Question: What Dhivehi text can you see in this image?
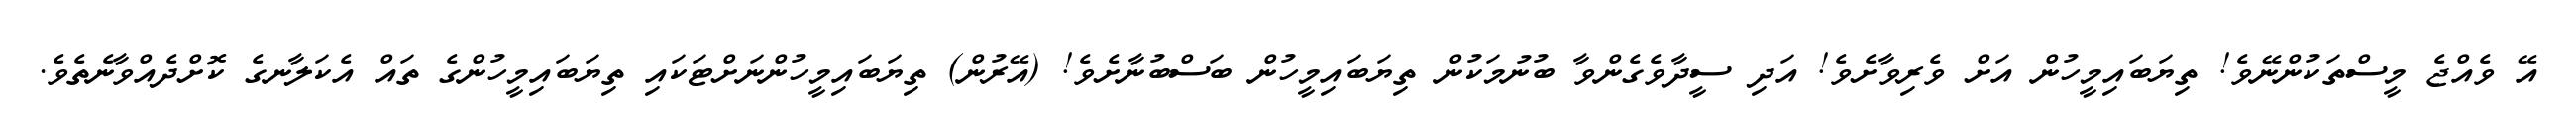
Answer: އޭ ވެއްޖެ މީސްތަކުންނޭވެ! ތިޔަބައިމީހުން އަށް ވެރިވާށެވެ! އަދި ސީދާވެގެންވާ ބުނުމަކުން ތިޔަބައިމީހުން ބަސްބުނާށެވެ! (އޭރުން) ތިޔަބައިމީހުންނަށްޓަކައި ތިޔަބައިމީހުންގެ ތައް އެކަލާނގެ ކޮށްދެއްވާނެތެވެ.